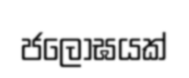
ජලෝඝයක්